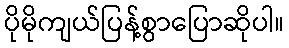
ပိုမိုကျယ်ပြန့်စွာပြောဆိုပါ။